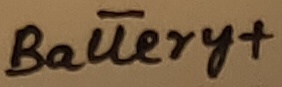
Text: Battery+